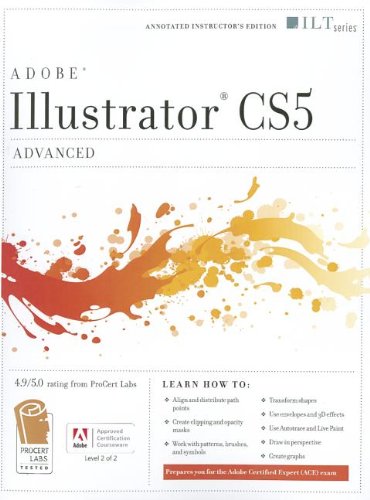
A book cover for Illustrator Cs5: Advanced, Ace Edition + Certblaster (ILT); Computers & Technology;